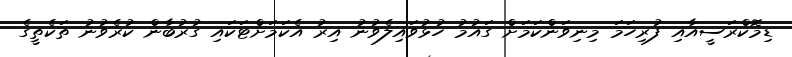
ޑިމޮކްރަސީއާއި ފުރިހަމަ މިނިވަންކަމަށް ގައުމު ހުޅުވައިލެވުނު އިރު އެކަމަށްޓަކައި ގުރުބާން ކުރެވުނު ތަކެތީގެ